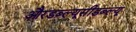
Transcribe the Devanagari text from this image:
औरडब्ल्यूसीडब्ल्यू